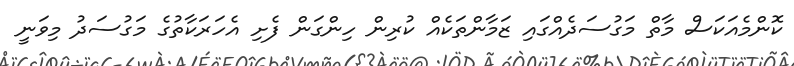
ކޮންމެއަކަސް މާތް މަގުސަދެއްގައި ޒަމާންތަކެއް ކުރިން ހިންގަން ފެށި އެހަރަކާތުގެ މަގުސަދު މިވަނީ